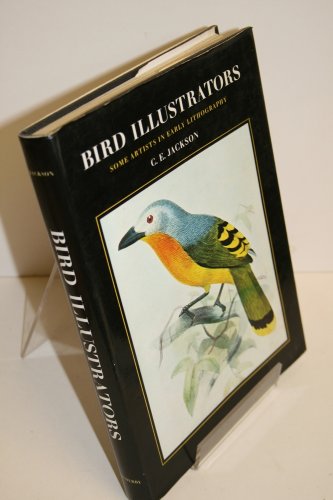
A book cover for Bird Illustrators: Some Artists in Early Lithography; Christine E. Jackson; Arts & Photography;